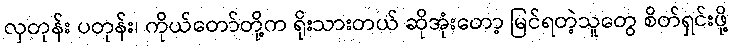
လှတုန်း ပတုန်း၊ ကိုယ်တော်တို့က ရိုးသားတယ် ဆိုအုံးတော့ မြင်ရတဲ့သူတွေ စိတ်ရှင်းဖို့